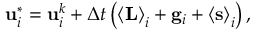
\mathbf { u } _ { i } ^ { * } = \mathbf { u } _ { i } ^ { k } + \Delta t \left( \left< \mathbf { L } \right> _ { i } + \mathbf { g } _ { i } + \left< \mathbf { s } \right> _ { i } \right) ,